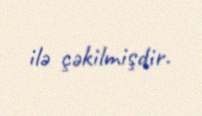
ilə çəkilmişdir.